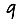
Digit: 9